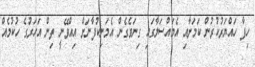
ހިފާ ހައްޔަރުކުރުން ކަމަށާއި އެމައްސަލާގައި ގިނަވެގެން އެމަނިކުފާނަށް އިއްވޭނީ ތިން އަހަރުގެ ހުކުމެއް